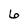
Character: 6